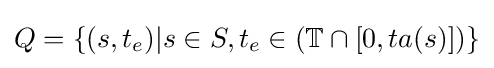
Q=\{(s,t_{e})|s\in S,t_{e}\in (\mathbb {T} \cap [0,ta(s)])\}